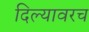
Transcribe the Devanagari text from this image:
दिल्यावरच